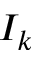
I _ { k }